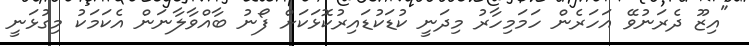
"އިޒޫ ދެރަނުވޭ އަހަރެން ހަމަމިހާރު މިދަނީ ކުޑަކުޑައިރުކޮޅަކަށް ފޯނު ބާއްވާލާނަން އެކަމަކު މިގުޅަނީ